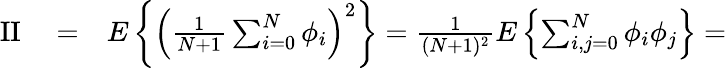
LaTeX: \begin{array}{rlr}{\mathrm{II}}&{{}=}&{E\left\{ \left({\frac{1}{N+1}}\sum_{i=0}^{N}\phi_{i}\right)^{2}\right\} ={\frac{1}{(N+1)^{2}}}E\left\{ \sum_{i,j=0}^{N}\phi_{i}\phi_{j}\right\} =}\end{array}